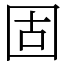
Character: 固